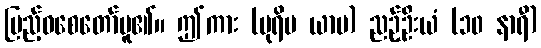
ပြည့်ဝစေတော်မူ၏။ ဤကား (ပုရိမ ယာမ) ညဉ့်ဦးယံ (၁၀ နာရီ)